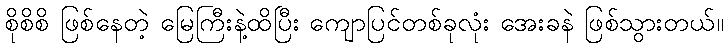
စိုစိစိ ဖြစ်နေတဲ့ မြေကြီးနဲ့ထိပြီး ကျောပြင်တစ်ခုလုံး အေးခနဲ ဖြစ်သွားတယ်။